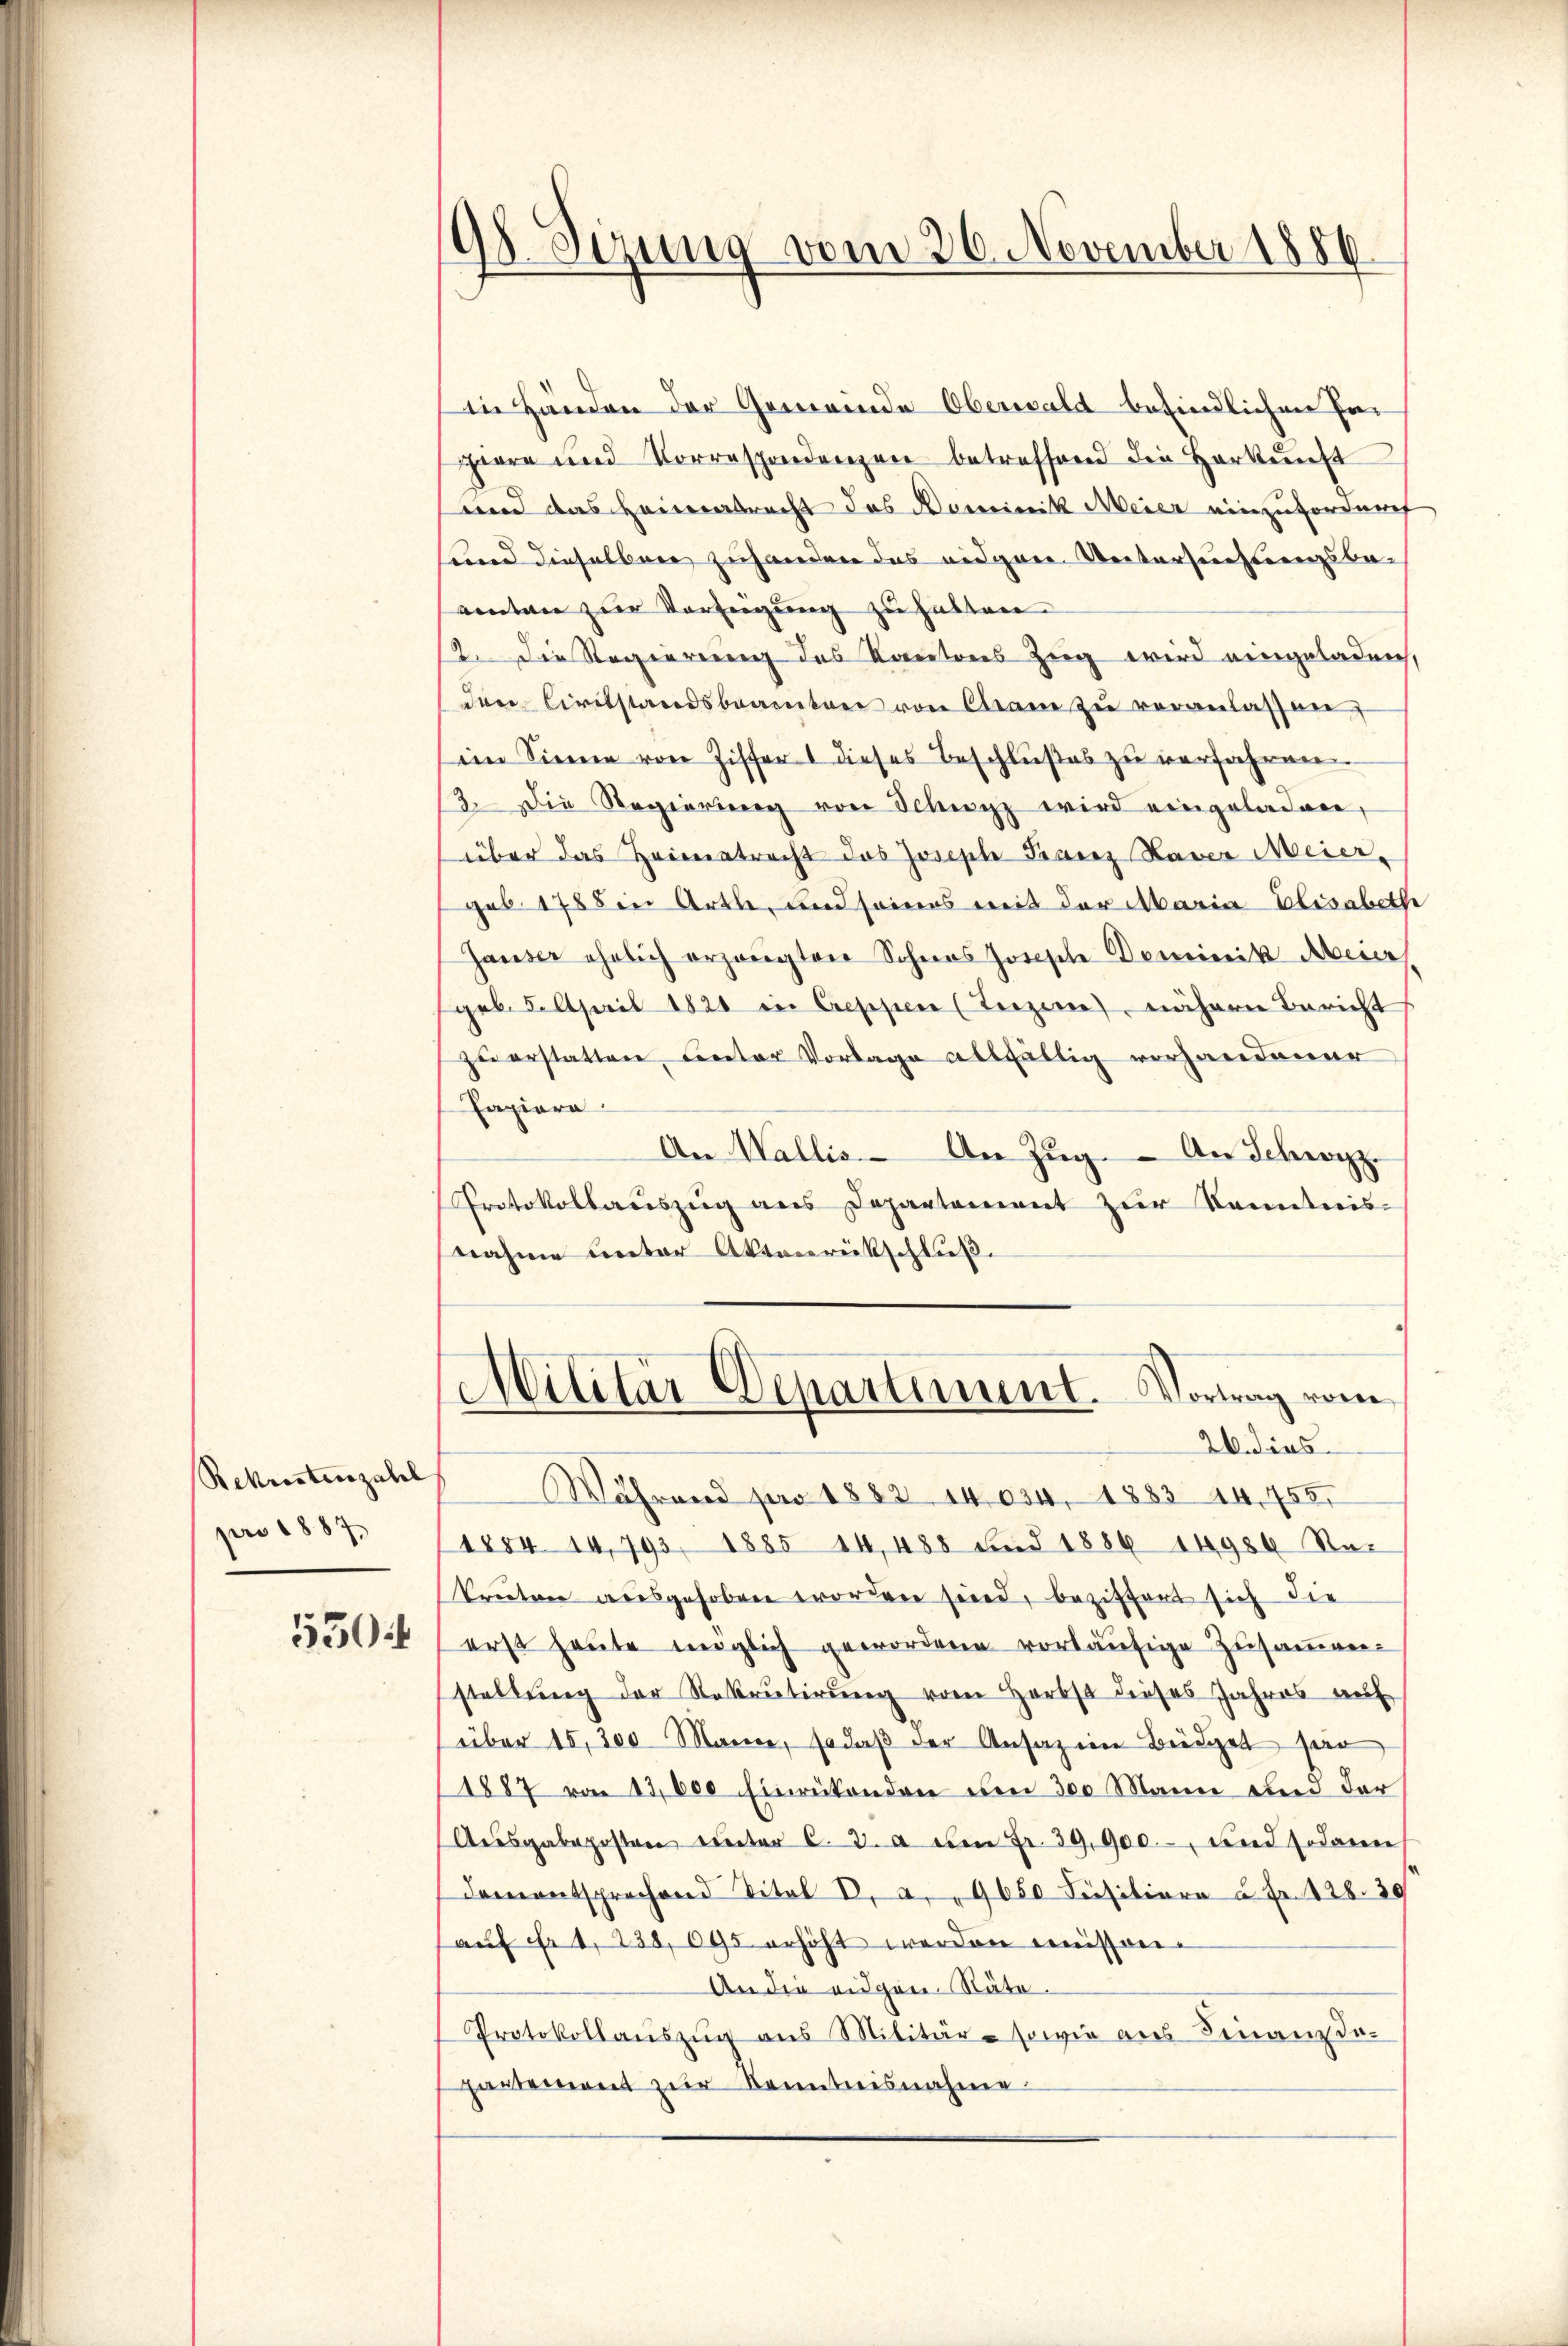
Bekristenzahl
pro 1887
550

98 Sizung vom 26. November 1886

in Händen der Gemeinde Oberwald befindlichen Fapiere und Vorrespondenzen betreffend die Herkunft
und das Heimatrecht das Dominik Meier einzufordurch
sund dieselben zuhanden das eidgen. Untersuchungsbe-
eintan zur Verfügung zu hatten.
2. Die Regierung des Kantons Zug wird eingeladen,
drer Civilstandsbrannten von Chram zu veranlassen,
im Sinne von Ziffer 1 dieses Beschlußes zu verfahren
3. Die Regierung von Schwyz wird eingeladen,
über das Heimatrecht das Joseph Franz Haver Meier
gub 1788 in Arthe, und seines mit der Maria Elisabeth
Hauser ehelich erzeugten Sohnes Josische Dominik Meier
(geb. 2. April 1821 in Cressen (Terzene, nähere Bericht
zu erstatten Lector Vorlage allfällig vorhandener
Papiera
An Wallis. An Zŭg. An Schwyz.
Protokollauszug aus Departement zur Kenntnisnahme unter Aktenrückschluß.
r
Militär Departiment. Vortrag vom
26. dies
Während pro 1882. 14034, 1883. 14,755.
1884 14,793. 1885 14,488 und 1886 14986 Sa-
kruten ausgehoben worden sind, beziffert sich die
erst heute möglich gewordene vorläufige Zusammen-
stellung der Rekrutirung vom Herbst dieses Jahres auf
über 15,200 Mann, so daβ der Ansaz im Büdget har
1887 von 13,000 Einrükenden den 300 Mann um der
Aŭsgabeposten unter C. 3. a am Fr. 39,900.- und sodann
Damentsprechend Titel V. a. 9650 Füsiliere à Fr. 128. 39
aŭf fr 1. 238,095 erhöht werden missen.
An der eidgen. Räte
Protokollanszŭg ans Militär- sowie aus Finanz da-
partement zur Kenntnisnahme